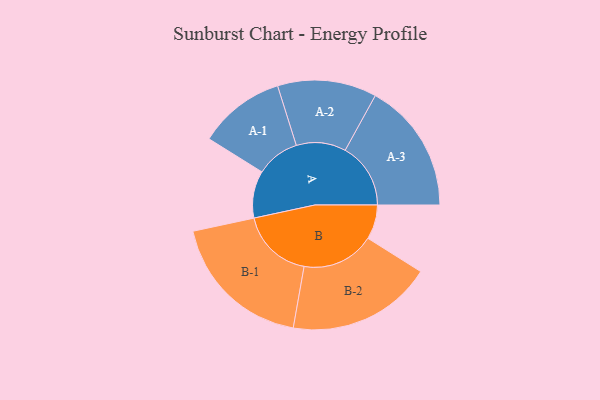
{"axis": {"x": "Segment", "y": "Value"}, "legend": ["", "A", "B"], "data": [{"x": "A", "y": 178, "type": ""}, {"x": "B", "y": 130, "type": ""}, {"x": "A-1", "y": 164, "type": "A"}, {"x": "A-2", "y": 187, "type": "A"}, {"x": "A-3", "y": 247, "type": "A"}, {"x": "B-1", "y": 274, "type": "B"}, {"x": "B-2", "y": 274, "type": "B"}]}